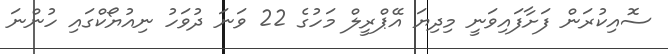
ސޮއިކުރަން ފަށާފައިވަނީ މިދިޔަ އޭޕްރީލް މަހުގެ 22 ވަަނަ ދުވަހު ނިއުޔޯކްގައި ހުންނަ